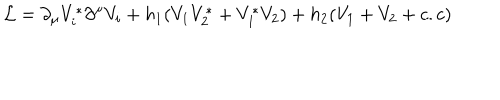
{ \cal L } = \partial _ { \mu } V _ { i } ^ { * } \partial ^ { \mu } V _ { i } + h _ { 1 } ( V _ { 1 } V _ { 2 } ^ { * } + V _ { 1 } ^ { * } V _ { 2 } ) + h _ { 2 } ( V _ { 1 } + V _ { 2 } + c . c )